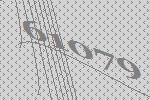
61079